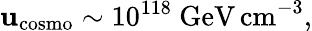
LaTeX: \mathbf{u}_{\mathrm{{cosmo}}}\sim10^{118}\mathrm{{~GeV\, cm}}^{-3},